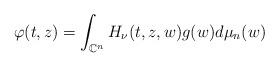
LaTeX: \begin{align*}\varphi(t,z)=\int_{\mathbb{C}^n}H_{\nu}(t,z,w)g(w)d\mu_n(w)\end{align*}